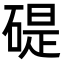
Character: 碮